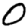
Digit: 0